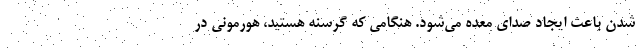
شدن باعث ایجاد صدای معده می‌شود. هنگامی که گرسنه هستید، هورمونی در